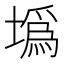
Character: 𡐮